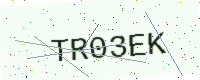
Text: TR03EK